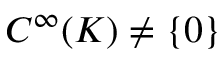
C ^ { \infty } ( K ) \neq \{ 0 \}